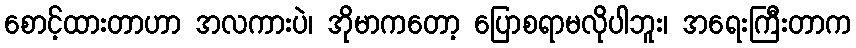
စောင့်ထားတာဟာ အလကားပဲ၊ အိုမာကတော့ ပြောစရာမလိုပါဘူး၊ အရေးကြီးတာက